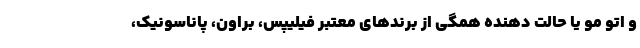
و اتو مو یا حالت دهنده همگی از برندهای معتبر فیلیپس، براون، پاناسونیک،